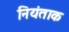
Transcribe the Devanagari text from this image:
नियंताक